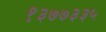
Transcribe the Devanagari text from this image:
१३७७३३५